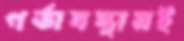
গর্ভাবস্থায়ই